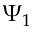
\Psi _ { 1 }